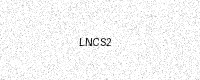
Text: LNCS2